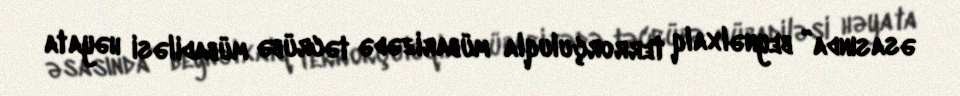
əsasında” beynəlxalq terrorçuluqla mübarizədə təcrübə mübadiləsi həyata